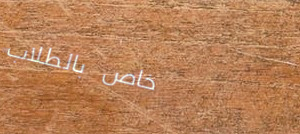
خاص بالطلاب